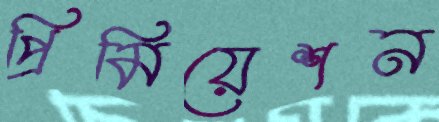
প্রিমিয়েশন